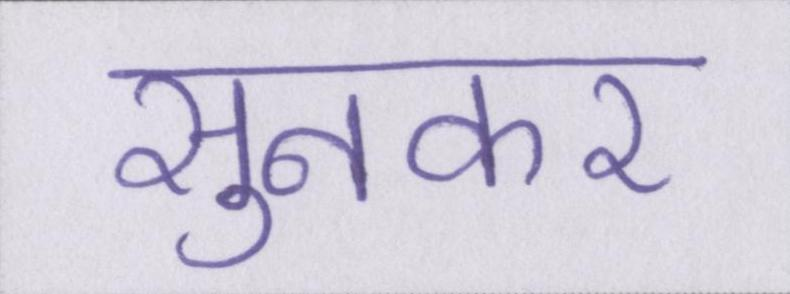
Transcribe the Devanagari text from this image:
सुनकर